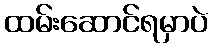
ထမ်းဆောင်ရမှာပဲ